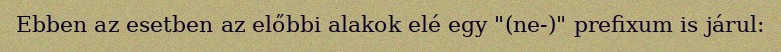
Ebben az esetben az előbbi alakok elé egy "(ne-)" prefixum is járul: